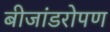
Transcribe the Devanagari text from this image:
बीजांडरोपण